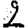
Digit: 2